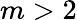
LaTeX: m>2